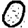
Digit: 0